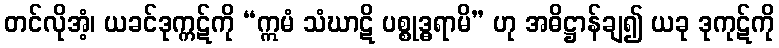
တင်လိုအံ့၊ ယခင်ဒုက္ကဋ်ကို “ဣမံ သံဃာဋိ ပစ္စုဒ္ဓရာမိ” ဟု အဓိဋ္ဌာန်ချ၍ ယခု ဒုကုဋ်ကို